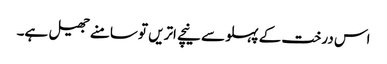
اس درخت کے پہلو سے نیچے اتریں تو سامنے جھیل ہے۔